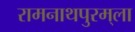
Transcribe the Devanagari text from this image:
रामनाथपुरम्‌ला